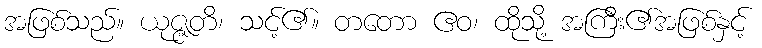
အဖြစ်သည်။ ယုဇ္ဇတိ၊ သင့်၏။ တတော ဧဝ၊ ထိုသို့ အကြီး၏အဖြစ်နှင့်